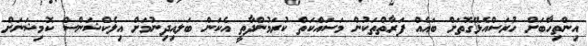
އިންތިހާބަށް ހުރަސްއެޅޭގޮތަށް ބައެއް ފަރާތްތަކުން މަސައްކަތް ކުރަމުންދާތީ އެކަން ބަލއިދިނުމަށް އިލެކްޝަންސް ކޮމިޝަނަށް